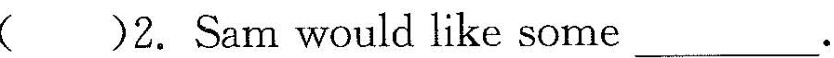
( )2. Sam would like some___.